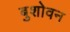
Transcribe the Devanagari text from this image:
बुशोवन